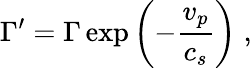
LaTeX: \Gamma^{\prime}=\Gamma\exp\left(-\frac{v_{p}}{c_{s}}\right)\; ,